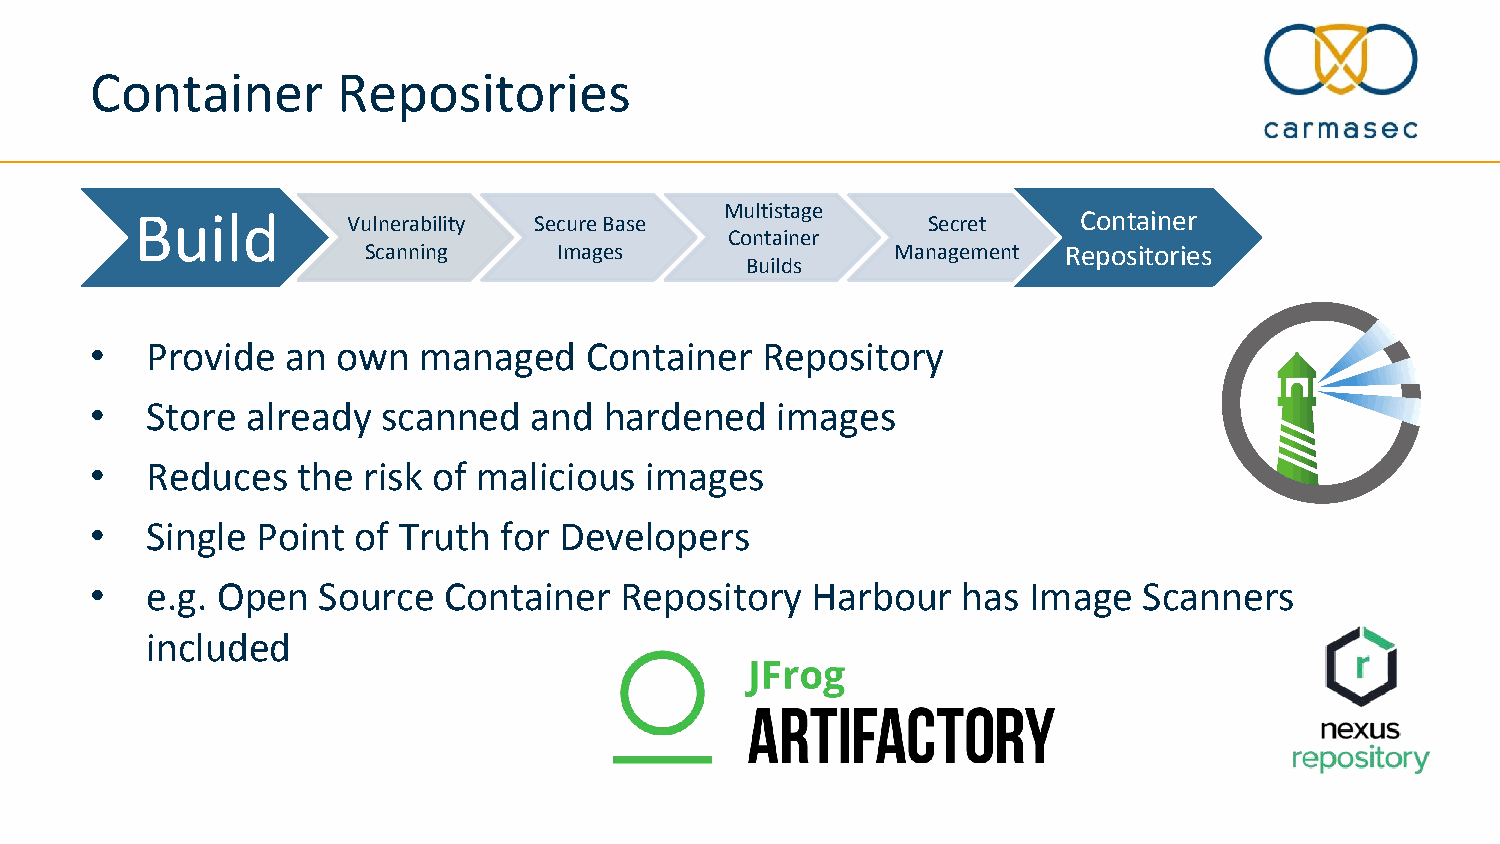
Container       Repositories
 Build                                  Multistage              Container
 Vulnerability Secure Base             Secret     Container
 Container
 Scanning     Images                Management  ReReppoossiittoorrieiess
 Builds
 •   Provide  an own   managed    Container  Repository
 •   Store already  scanned   and  hardened   images
 •   Reduces   the risk of malicious  images
 •   Single Point of Truth  for Developers
 •   e.g. Open  Source  Container   Repository   Harbour   has Image   Scanners
 included